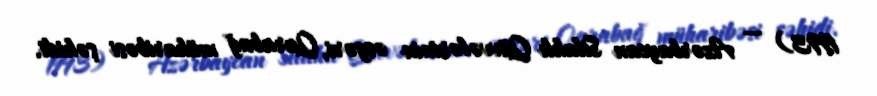
1993) — Azərbaycan Silahlı Qüvvələrinin əsgəri, Qarabağ müharibəsi şəhidi.